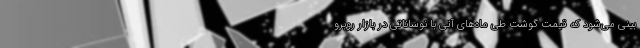
بینی می‌شود که قیمت گوشت طی ماه‌های آتی با نوساناتی در بازار روبرو